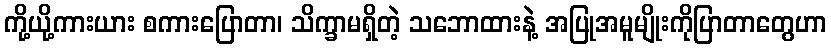
ကို့ယို့ကားယား စကားပြောတာ၊ သိက္ခာမရှိတဲ့ သဘောထားနဲ့ အပြုအမူမျိုးကိုပြာတာတွေဟာ